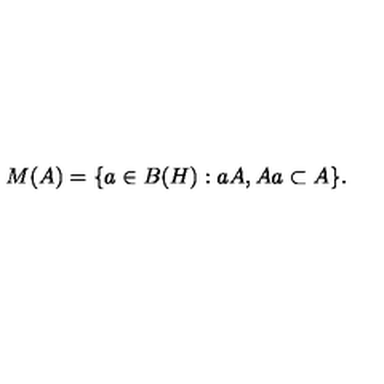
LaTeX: M ( A ) = \{ a \in B ( H ) : a A , A a \subset A \} .